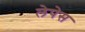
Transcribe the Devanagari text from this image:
लेपेस